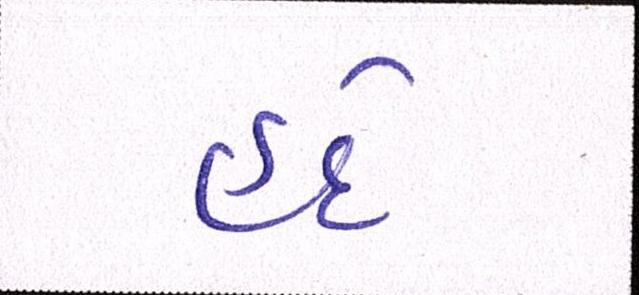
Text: હદે